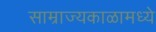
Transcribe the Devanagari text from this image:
साम्राज्यकाळामध्ये